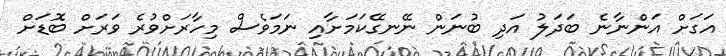
އަގަށް އަންނާނެ ބަދަލު އަދި ބުނަން ނޭނގޭކަމަށާއި ނަމަވެސް މިހާރަށްވުރެ ވަރަށް ބޮޑަށް